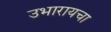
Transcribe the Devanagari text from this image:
उभारायचा